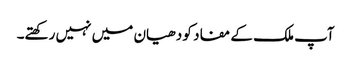
آپ ملک کے مفاد کو دھیان میں نہیں رکھتے۔